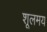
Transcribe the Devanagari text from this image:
शूलमय